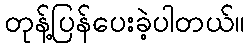
တုန့်ပြန်ပေးခဲ့ပါတယ်။